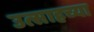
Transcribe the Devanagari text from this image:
उत्साहच्या